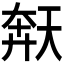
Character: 𫯩